Vaccination Hyderabad 1890-1903 - 1890-1903
Year: 1890
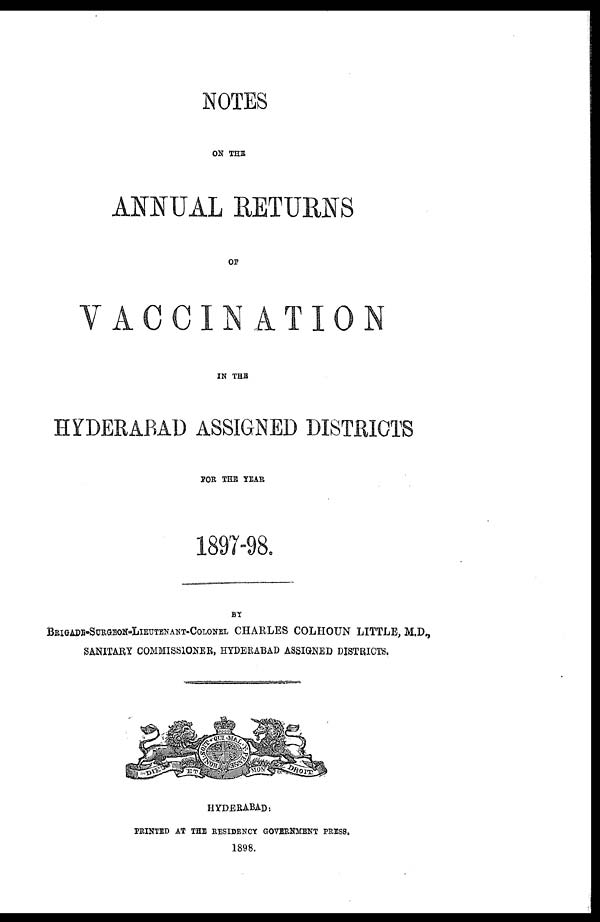
NOTES
ON THE
ANNUAL RETURNS
OF
VACCINATION
IN THE
HYDERABAD ASSIGNED DISTRICTS
FOR THE YEAR
1897-98.
BY
BRIGADE-SURGEON-LIEUTENANT-COLONEL CHARLES COLHOUN LITTLE, M.D.,
SANITARY COMMISSIONER, HYDERABAD ASSIGNED DISTRICTS.
HYDERABAD:
PRINTED AT THE RESIDENCY GOVERNMENT PRESS.
1898.